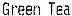
GREEN TEA